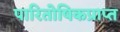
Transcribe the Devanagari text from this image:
पारितोषिकप्राप्त